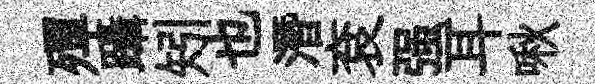
殫躡矧也潛袞强耳啾